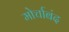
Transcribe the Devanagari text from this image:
मोर्चाबंद